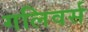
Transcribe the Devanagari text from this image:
गलिवर्स